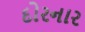
દોરનાર